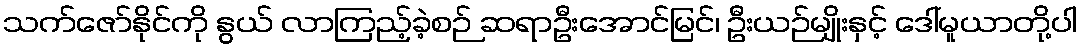
သက်ဇော်နိုင်ကို နွယ် လာကြည့်ခဲ့စဉ် ဆရာဦးအောင်မြင်၊ ဦးယဉ်မျိုးနှင့် ဒေါ်မူယာတို့ပါ